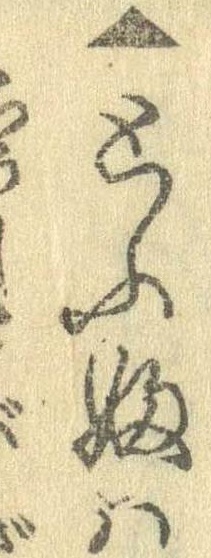
▲とふふは